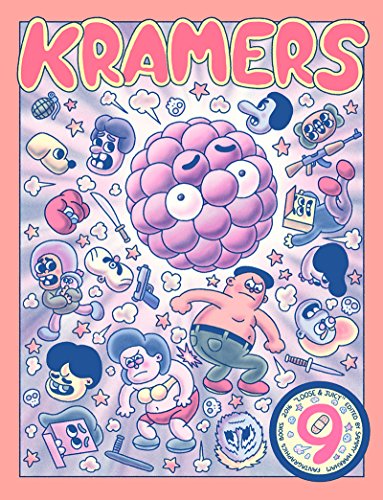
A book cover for Kramers Ergot 9; Kim Deitch; Comics & Graphic Novels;